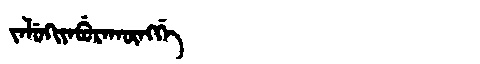
Manchu: ᠵᠠᠯᡠᡴᡳᠶᠠᠪᡠᡵᠠᡴᡡᠩᡤᡝ
Romanization: JALUKIYABURAKŪNGGE